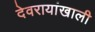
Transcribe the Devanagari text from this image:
देवरायांखाली